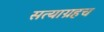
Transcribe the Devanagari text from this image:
सत्याग्रहच